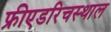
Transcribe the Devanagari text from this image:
फ्रीएडरिचस्थाल